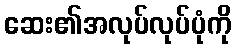
ဆေး၏အလုပ်လုပ်ပုံကို